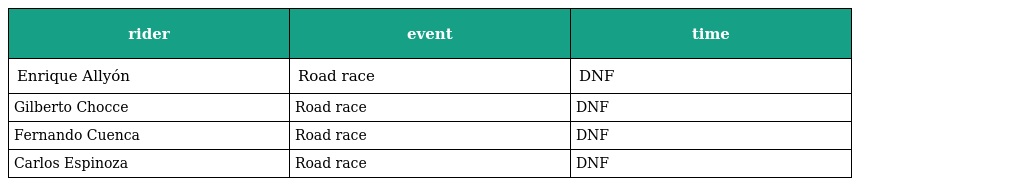
| rider | event | time |
 | --- | --- | --- |
 | Enrique Allyón | Road race | DNF |
 | Gilberto Chocce | Road race | DNF |
 | Fernando Cuenca | Road race | DNF |
 | Carlos Espinoza | Road race | DNF |